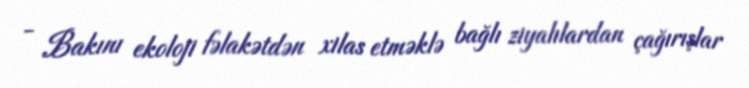
- Bakını ekoloji fəlakətdən xilas etməklə bağlı ziyalılardan çağırışlar